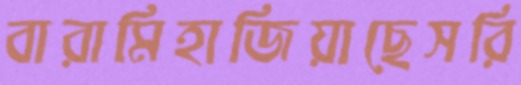
বারামিহাজিয়াছেসরি